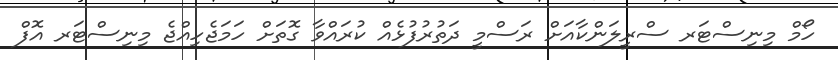
ހޯމް މިނިސްޓަރ ސްރީލަންކާއަށް ރަސްމީ ދަތުރުފުޅެއް ކުރައްވާ ގޮތަށް ހަމަޖެހިއްޖެ މިނިސްޓަރ އޮފް